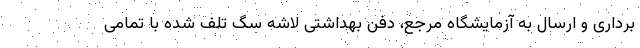
برداری و ارسال به آزمایشگاه مرجع، دفن بهداشتی لاشه سگ تلف شده با تمامی